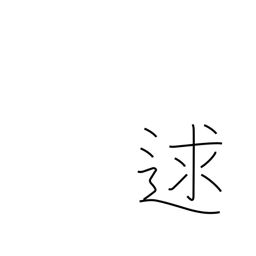
Meaning: meet